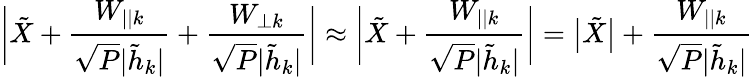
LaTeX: \bigg|{{\tilde{X}}}+\frac{{{{W}_{||k}}}}{\sqrt{P}{|\tilde{h}_{k}|}}+\frac{{{{W}_{\perp k}}}}{\sqrt{P}{|\tilde{h}_{k}|}}\bigg|\approx\bigg|{{\tilde{X}}}+\frac{{{{W}_{||k}}}}{\sqrt{P}{|\tilde{h}_{k}|}}\bigg|=\big|{{\tilde{X}}}\big|+\frac{{{{W}_{||k}}}}{\sqrt{P}{|\tilde{h}_{k}|}}